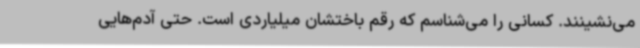
می‌نشینند. کسانی را می‌شناسم که رقم باختشان میلیاردی است. حتی آدم‌هایی